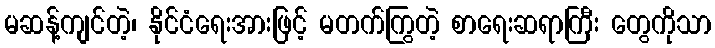
မဆန့်ကျင်တဲ့၊ နိုင်ငံရေးအားဖြင့် မတက်ကြွတဲ့ စာရေးဆရာကြီး တွေကိုသာ